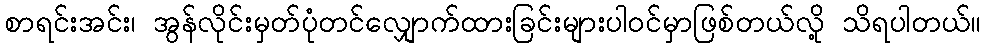
စာရင်းအင်း၊ အွန်လိုင်းမှတ်ပုံတင်လျှောက်ထားခြင်းများပါဝင်မှာဖြစ်တယ်လို့ သိရပါတယ်။